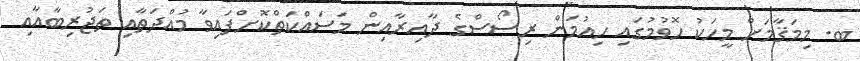
ބ. މިމަޤާމަށް މީހަކު ހޮވުމުގައި ހިއުމަން ރިސޯސްގެ ދާއިރާއިން މަސައްކަތްކޮށްފައިވާ މުއްދަތާއި ތަޖުރިބާއާއި